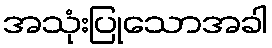
အသုံးပြုသောအခါ